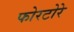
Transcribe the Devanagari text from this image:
फोरटोरे